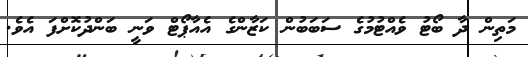
މަތިން ދާ ބޯޓު ވެއްޓުމުގެ ސަބަބުން ކަޒާންގެ އެއާޕޯޓް ވަނީ ބަންދުކޮށްފަ އެވެ.